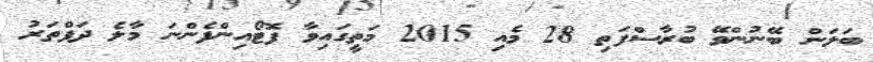
ބަލަން ބޭނުންވޭ ބުރާސްފަތި 28 މެއި 2015 މަތީގައިވާ ފޮޓޯއިންފެންނަ މާލެ ދަފްތަރު